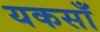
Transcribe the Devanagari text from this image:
यकसाँ